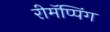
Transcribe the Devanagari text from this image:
रीमॅप्पिंग